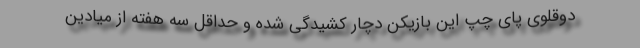
دوقلوی پای چپ این بازیکن دچار کشیدگی شده و حداقل سه هفته از میادین